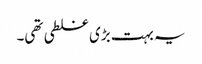
یہ بہت بڑی غلطی تھی۔